Subject: cs
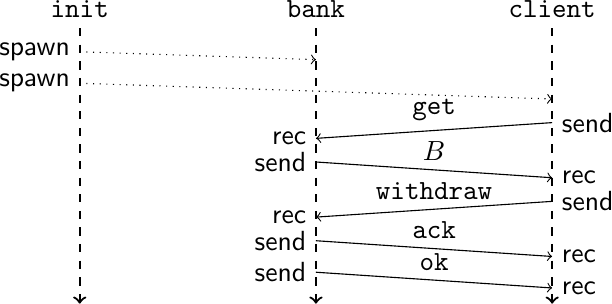
LaTeX code:
\begin{tikzpicture}
\draw[->,dashed,thick] (0,3.5) node[above]{\tt init} -- (0,0);
\draw[->,dashed,thick] (3,3.5) node[above]{\tt bank} -- (3,0);
\draw[->,dashed,thick] (6,3.5) node[above]{\tt client} -- (6,0);

\draw[->,dotted] (0,3.2) node[left]{$\mathsf{spawn}$} -- (3,3.1);

\draw[->,dotted] (0,2.8) node[left]{$\mathsf{spawn}$} -- (6,2.6);

\draw[->] (6,2.3) node[right]{$\mathsf{send}$} -- (3,2.1)
node[midway,above]{\tt get} node[left]{$\mathsf{rec}$};

\draw[->] (3,1.8) node[left]{$\mathsf{send}$} -- (6,1.6)
node[midway,above]{$B$} node[right]{$\mathsf{rec}$};

\draw[->] (6,1.3) node[right]{$\mathsf{send}$} -- (3,1.1)
node[midway,above]{\tt withdraw} node[left]{$\mathsf{rec}$};

\draw[->] (3,0.8) node[left]{$\mathsf{send}$} -- (6,0.6)
node[midway,above]{\tt ack} node[right]{$\mathsf{rec}$};

\draw[->] (3,0.4) node[left]{$\mathsf{send}$} -- (6,0.2)
node[midway,above]{\tt ok} node[right]{$\mathsf{rec}$};
\end{tikzpicture}